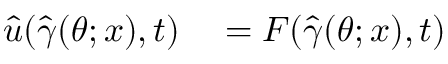
\begin{array} { r l } { \hat { u } ( \hat { \gamma } ( \boldsymbol { \theta } ; \boldsymbol { x } ) , t ) } & { { } = F ( \hat { \gamma } ( \boldsymbol { \theta } ; \boldsymbol { x } ) , t ) } \end{array}